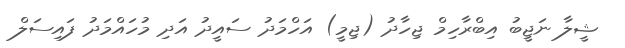
ޝީލާ ނަޖީބު އިބްރާހިމް ޖިހާދު (ޖިމީ) އަހްމަދު ސައީދު އަދި މުހައްމަދު ފައިސަލް